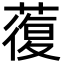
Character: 蕧